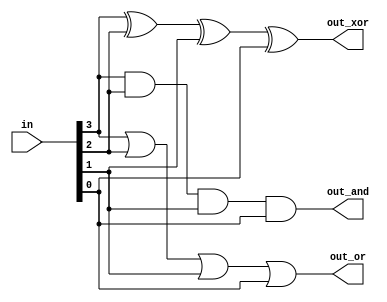
// Build a combinational circuit with four inputs, in[3:0].

// There are 3 outputs:

// out_and: output of a 4-input AND gate.
// out_or: output of a 4-input OR gate.
// out_xor: output of a 4-input XOR gate.

`default_nettype none     // Disable implicit nets. Reduces some types of bugs.

module top_module(
	input  wire [3:0] in,
	output out_and,
	output out_or,
	output out_xor
	);

	assign out_and = in[3] & in[2] & in[1] & in[0];
	assign out_or  = in[3] | in[2] | in[1] | in[0];
	assign out_xor = in[3] ^ in[2] ^ in[1] ^ in[0];

endmodule